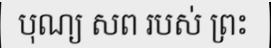
បុណ្យ សព របស់ ព្រះ